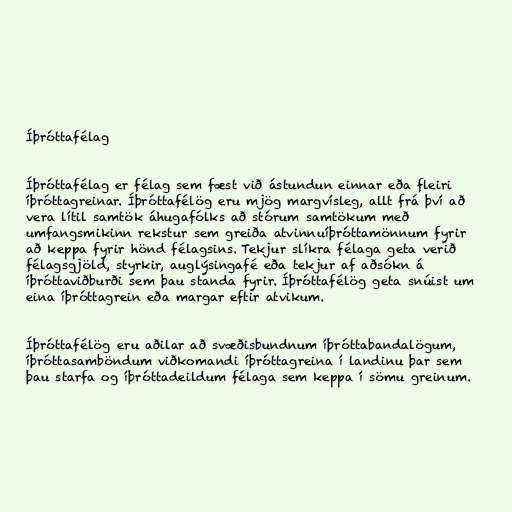
Íþróttafélag

Íþróttafélag er félag sem fæst við ástundun einnar eða fleiri
íþróttagreinar. Íþróttafélög eru mjög margvísleg, allt frá því að
vera lítil samtök áhugafólks að stórum samtökum með
umfangsmikinn rekstur sem greiða atvinnuíþróttamönnum fyrir
að keppa fyrir hönd félagsins. Tekjur slíkra félaga geta verið
félagsgjöld, styrkir, auglýsingafé eða tekjur af aðsókn á
íþróttaviðburði sem þau standa fyrir. Íþróttafélög geta snúist um
eina íþróttagrein eða margar eftir atvikum.

Íþróttafélög eru aðilar að svæðisbundnum íþróttabandalögum,
íþróttasamböndum viðkomandi íþróttagreina í landinu þar sem
þau starfa og íþróttadeildum félaga sem keppa í sömu greinum.